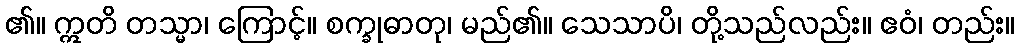
၏။ ဣတိ တသ္မာ၊ ကြောင့်။ စက္ခုဓာတု၊ မည်၏။ သေသာပိ၊ တို့သည်လည်း။ ဧဝံ၊ တည်း။